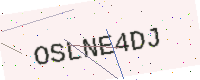
Text: OSLNE4DJ